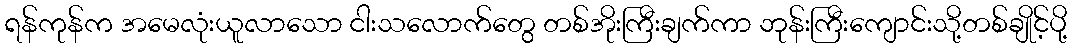
ရန်ကုန်က အမေလုံးယူလာသော ငါးသလောက်တွေ တစ်အိုးကြီးချက်ကာ ဘုန်းကြီးကျောင်းသို့တစ်ချိုင့်ပို့